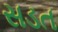
સડત